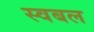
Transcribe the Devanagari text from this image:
स्वबल